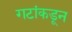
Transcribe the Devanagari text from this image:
गटांकडून